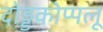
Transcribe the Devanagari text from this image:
दोड्डकोप्पलू